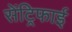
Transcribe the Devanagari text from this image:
सेंट्रिफाई